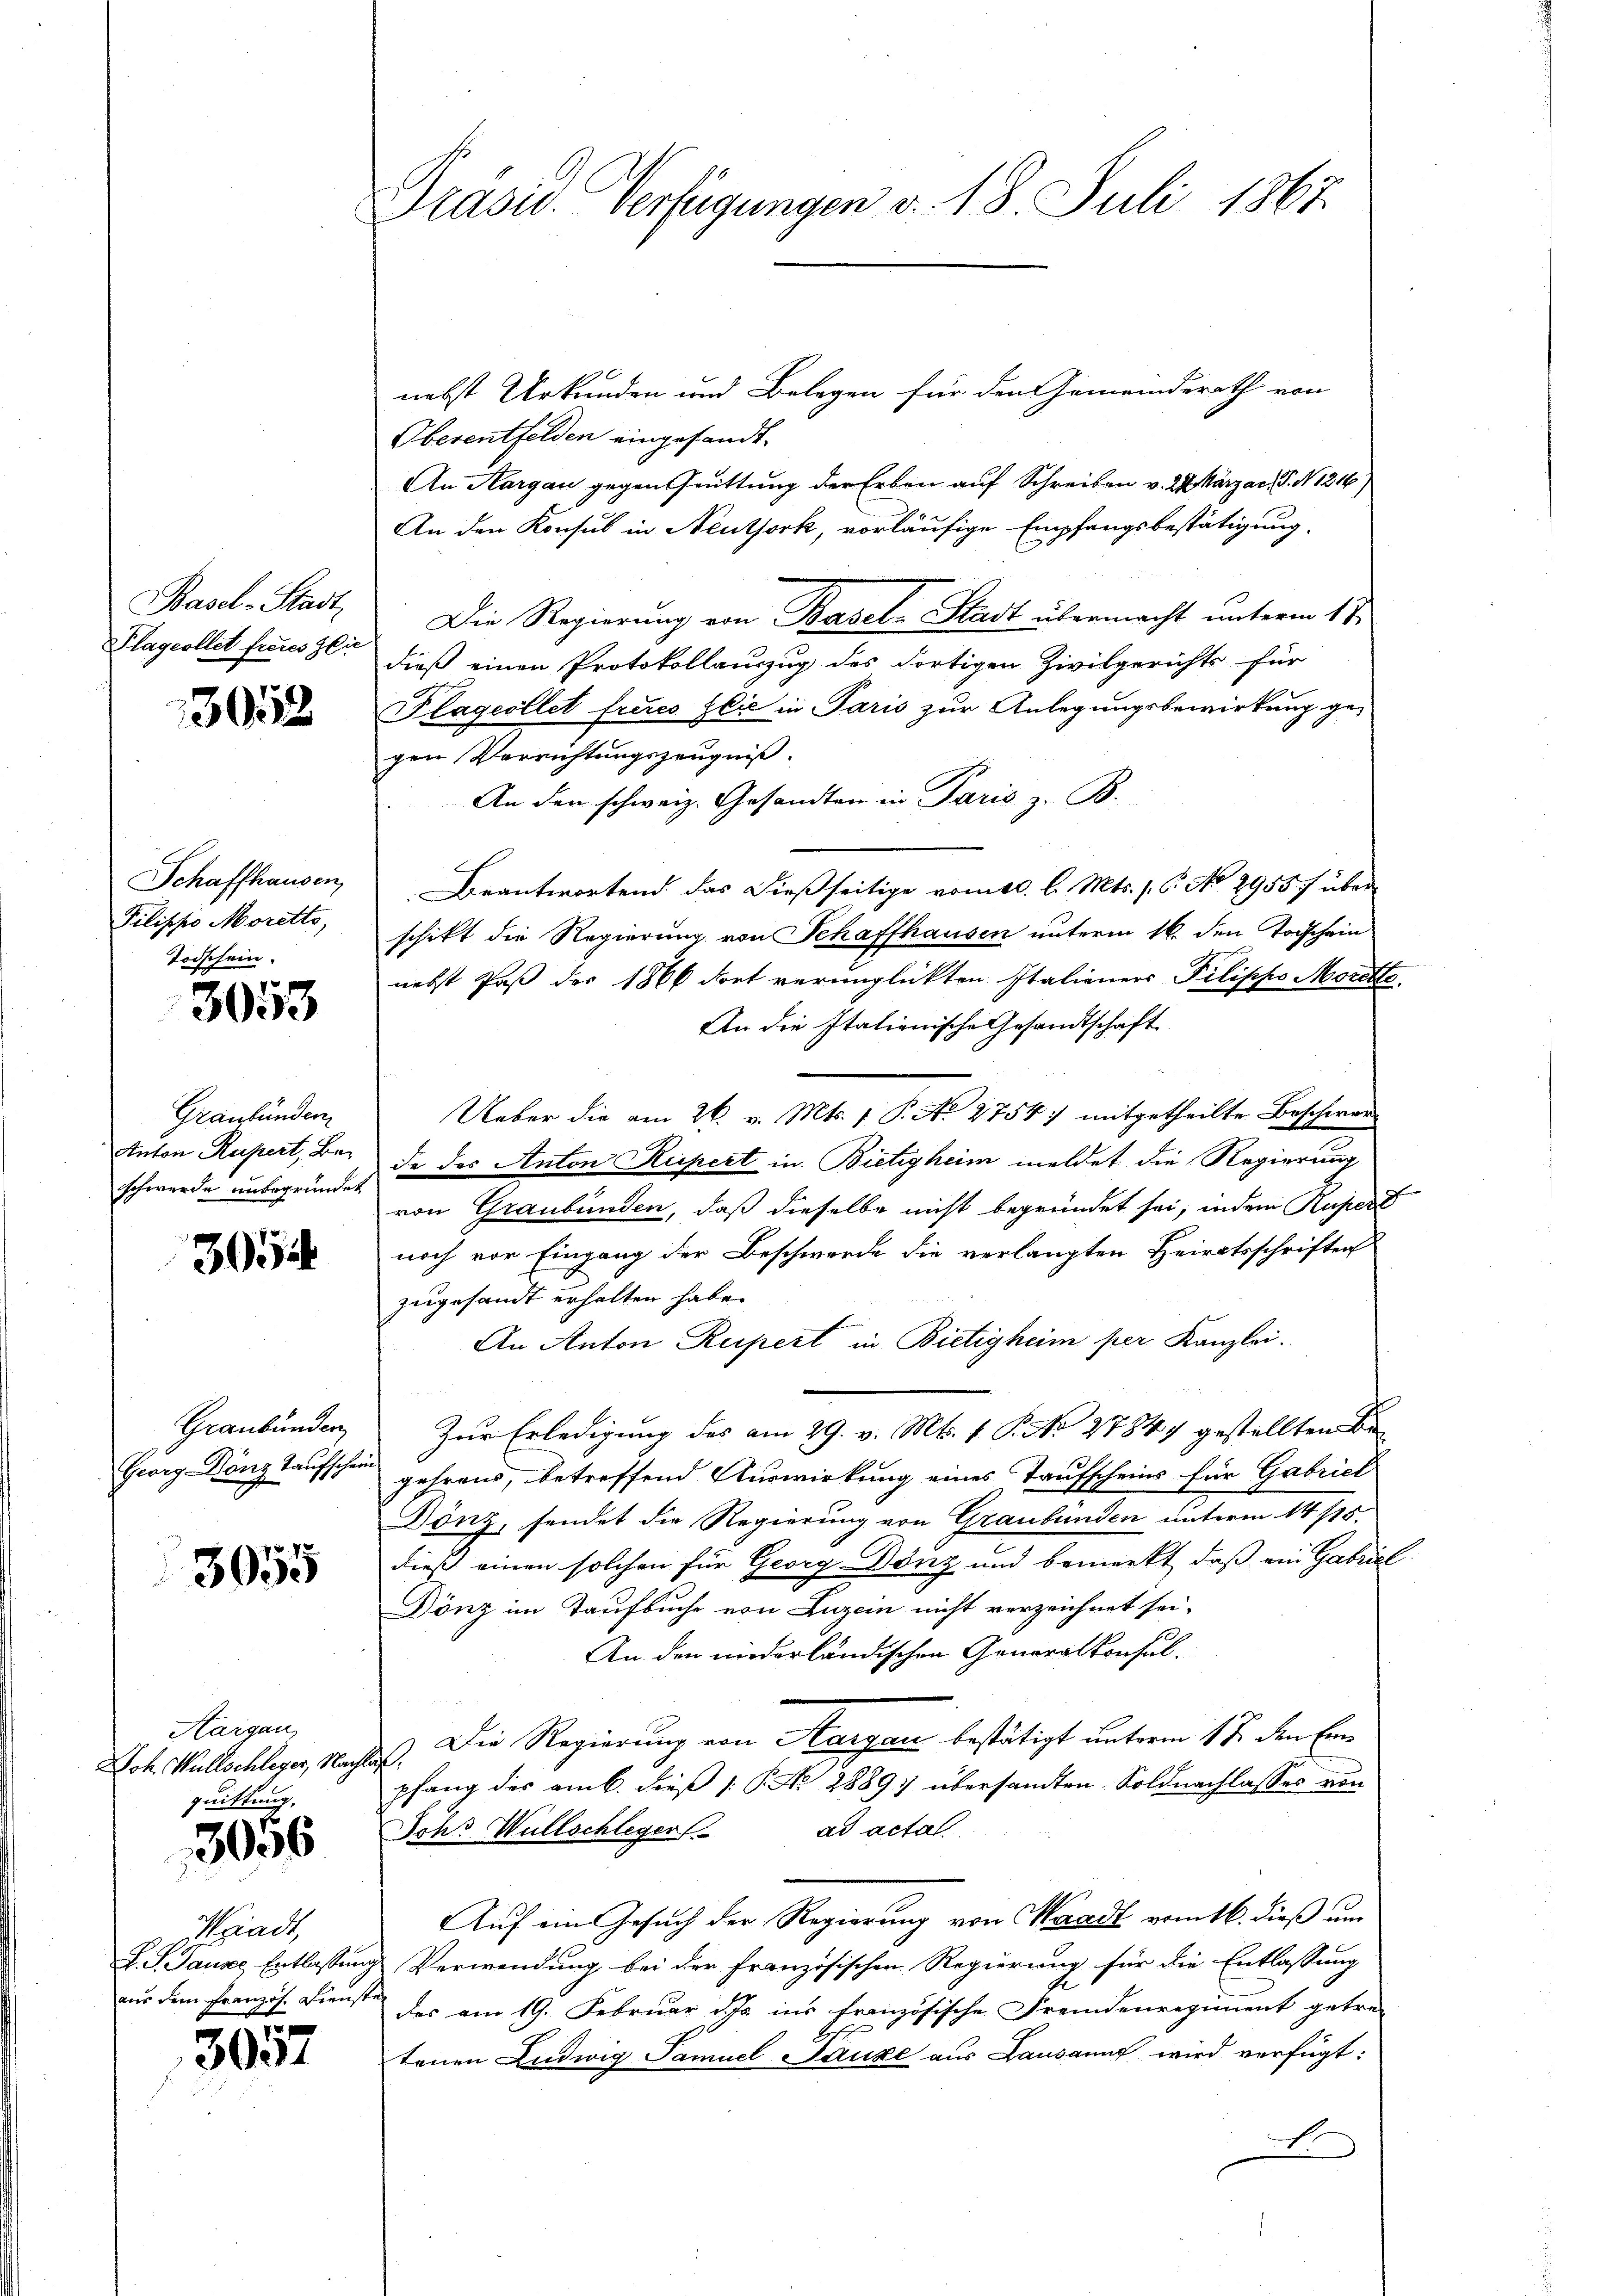
Plagcollet freies Zie

3052

Schaffhausen,
Pilippo Moretto,
Todschein.

3053

Graubünden
Anton Rupert, Beschwerde unbegründet

3054

Graubünder

3055

Hargau,
quittung,

3056

nebst Urkunden und Belegen für den Gemeinderath von
Oberentfelden eingesandt.
An Margau gegen Quittung der Erben auf Schreiben v. 24. Märzach P. N. 216,
An den Konsul in Neuthork, vorläufige Empfangsbestätigung.
Basel-Stadt, Die Regierung von Basel-Stadt übermacht unterm 11.
dieß einen Protokollauszug des dortigen Zivilgerichts für
Plagesllet freies Zlić in Paris zur Anlegungsbewirkung ge-
gen Verrichtungszeugniß.
An den schweiz. Gesandten in Paris z. B.
Beantwortend das dießseitige vom 10. l. Mts. (: P. No 2955 f über
schikt die Regierung von Schaffhausen unterm 16. den Todschein

nebst Paß der 1866 dort verunglückten Italieners Pilisches Moritts.
An die stationische Gesandtschaft
Ueber die am 26. v. Mts. 1 P. No 2754) mitgetheilte Beschwer-
de des Anton Rupert in Bietigheim meldet die Regierung
von Graubünden, daß dieselbe nicht begründet sei, indem Rupert
noch vor Eingang der Beschwerde die verlangten Heiratsschriften
zugesandt erhalten habe.
An Anton Rupert in Bietigheim per Kanzlei.
Zur Erledigung des am 29. v. Mts. v. P. No 27847 gestellten Be
Georg Däng taufschen gehraus, betreffend Auswirkung eines Taufscheins für Gabriel
Dönz, sendet die Regierung von Graubünden unterm 14/15.
dieß einen solchen für Georg Dönz und bemerkt, daß ein Gabriel
Dönz im Taufbuche von Luzern nicht verzeichnet sei.
An den niederländischen Generalkonsul¬
Joh. Willschleger, Nachtes. Die Regierung von Aargau bestätigt unterm 17. den Einpfang des amb. dieß P. Nr. 2889) übersandten Soldnachlasses von
Johs Wüllschleger ad actat
Auf ein Gesuch der Regierung von Waadt vom 16. dieß um
J. J. Janze Entlassungs Verwendung bei der Französischen Regierung für die Entlassung
aus dem Französ. Dienste der am 19. Februar d. Js. ins französische Fremdenregiment getre-
tenen Ludwig Samuel Pauze aus Lausannt wird verfügt:
.

Waadt,

3057

Präsid. Verfügungen v. 18. Juli 1865.